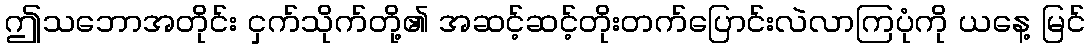
ဤသဘောအတိုင်း ငှက်သိုက်တို့၏ အဆင့်ဆင့်တိုးတက်ပြောင်းလဲလာကြပုံကို ယနေ့ မြင်